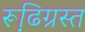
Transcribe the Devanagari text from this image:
रूढि़ग्रस्त